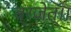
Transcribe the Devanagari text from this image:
ब्रजेत्।।